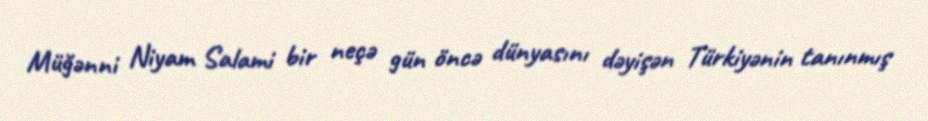
Müğənni Niyam Salami bir neçə gün öncə dünyasını dəyişən Türkiyənin tanınmış